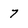
Character: 7